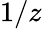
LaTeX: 1/z